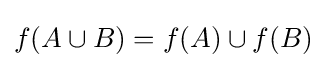
f(A\cup B)=f(A)\cup f(B)